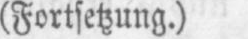
(Fortsetzung.)